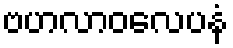
ဗဟလာဝလေပနံ